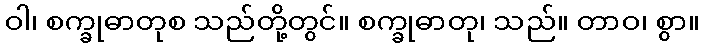
ဝါ၊ စက္ခုဓာတုစ သည်တို့တွင်။ စက္ခုဓာတု၊ သည်။ တာဝ၊ စွာ။